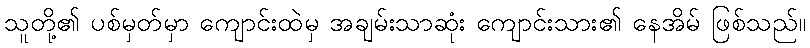
သူတို့၏ ပစ်မှတ်မှာ ကျောင်းထဲမှ အချမ်းသာဆုံး ကျောင်းသား၏ နေအိမ် ဖြစ်သည်။